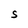
Character: S